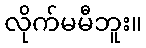
လိုက်မမီဘူး။